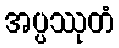
အပ္ပဿုတံ